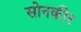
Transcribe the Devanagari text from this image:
सोनकीर